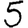
Digit: 5